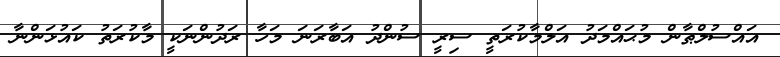
އައްސުލްޠާން މުޙައްމަދު އަލްމާކުރަތީ ސިރީ ސުންދު އަބާރަނަ މަހާ ރަދުންނަކީ މާކުރަތު ކައުޅަންނާ